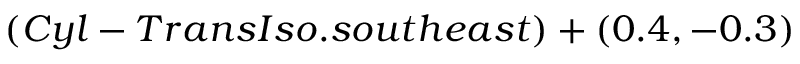
( C y l - T r a n s I s o . s o u t h e a s t ) + ( 0 . 4 , - 0 . 3 )